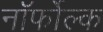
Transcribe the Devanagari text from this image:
नॉर्फोल्क